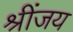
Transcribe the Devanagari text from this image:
श्रींजय